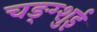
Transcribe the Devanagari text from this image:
चङ्ग्शुई